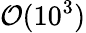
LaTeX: \mathcal{O}(10^{3})